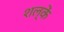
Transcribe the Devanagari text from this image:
शल्कें